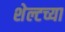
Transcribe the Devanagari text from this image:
शेल्टच्या